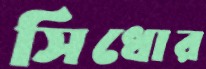
সিধোর